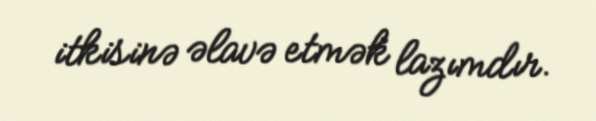
itkisinə əlavə etmək lazımdır.